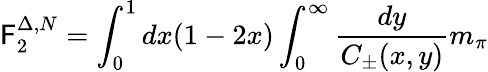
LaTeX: \mathsf{F}_{2}^{\Delta,N}=\int_{0}^{1}dx(1-2x)\int_{0}^{\infty}{\frac{{dy}}{{C_{\pm}(x,y)}}}m_{\pi}